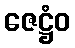
ဇေဋ္ဌံဝ